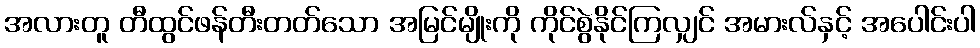
အလားတူ တီထွင်ဖန်တီးတတ်သော အမြင်မျိုးကို ကိုင်စွဲနိုင်ကြလျှင် အမားလ်နှင့် အပေါင်းပါ